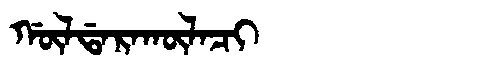
Manchu: ᡤᡡᠯᡩᠠᡵᠠᡴᡡᠯᠠᠴᡳ
Romanization: GŪLDARAKŪLACI